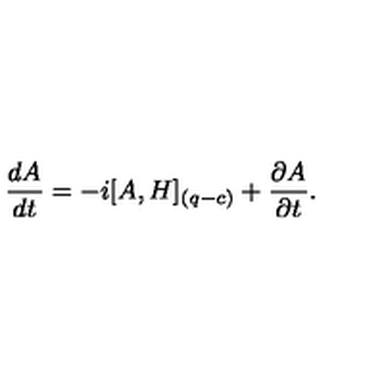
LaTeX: { \frac { d A } { d t } } = - i [ A , H ] _ { ( q - c ) } + { \frac { \partial A } { \partial t } } .